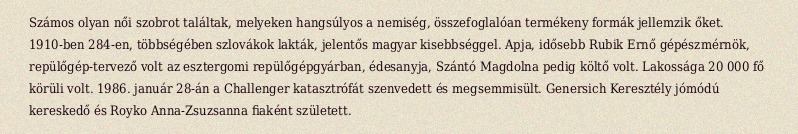
Számos olyan női szobrot találtak, melyeken hangsúlyos a nemiség, összefoglalóan termékeny formák jellemzik őket. 1910-ben 284-en, többségében szlovákok lakták, jelentős magyar kisebbséggel. Apja, idősebb Rubik Ernő gépészmérnök, repülőgép-tervező volt az esztergomi repülőgépgyárban, édesanyja, Szántó Magdolna pedig költő volt. Lakossága 20 000 fő körüli volt. 1986. január 28-án a Challenger katasztrófát szenvedett és megsemmisült. Genersich Keresztély jómódú kereskedő és Royko Anna-Zsuzsanna fiaként született.